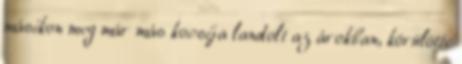
másikon meg már más kocsija landolt az árokban, körülötte